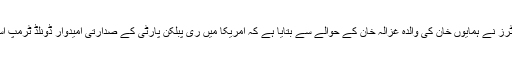
خبر رساں ادارے روئٹرز نے ہمایوں خان کی والدہ غزالہ خان کے حوالے سے بتایا ہے کہ امریکا میں ری پبلکن پارٹی کے صدارتی امیدوار ڈونلڈ ٹرمپ اسلام سے بے بہرہ ہیں۔